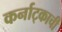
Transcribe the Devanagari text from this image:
कर्नाट्काची